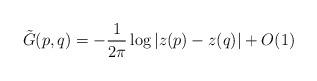
LaTeX: \begin{align*} \tilde{G}(p,q) = -\frac{1}{2 \pi} \log |z(p) - z(q)| + O(1)\end{align*}